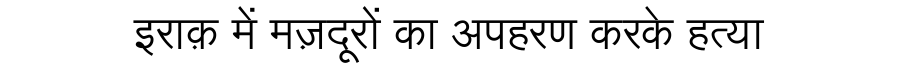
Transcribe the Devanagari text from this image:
इराक़ में मज़दूरों का अपहरण करके हत्या